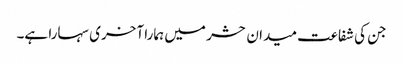
جن کی شفاعت میدان حشر میں ہمارا آخری سہارا ہے۔